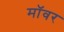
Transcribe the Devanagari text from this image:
मॉवर